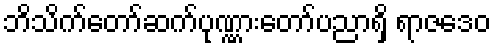
ဘိသိက်တော်ဆက်ပုဏ္ဏားတော်ပညာရှိ ရာဇဒေဝ